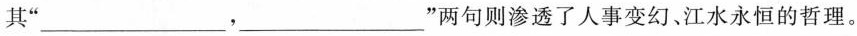
其“___，___”两句则渗透了人事变幻、江水永恒的哲理。